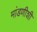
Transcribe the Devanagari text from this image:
मांडणीशी